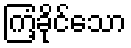
ကြံ့ခိုင်သော